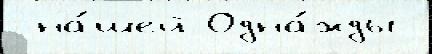
 на́шей Одна́жды